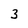
Character: 3